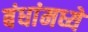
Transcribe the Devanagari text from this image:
बंधांमध्ये